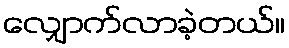
လျှောက်လာခဲ့တယ်။